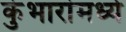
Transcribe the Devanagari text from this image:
कुंभारांमध्ये